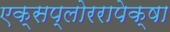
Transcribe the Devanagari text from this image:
एक्सप्लोररापेक्षा